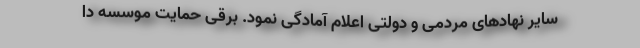
سایر نهادهای مردمی و دولتی اعلام آمادگی نمود. برقی حمایت موسسه دا